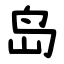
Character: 岛